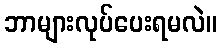
ဘာများလုပ်ပေးရမလဲ။